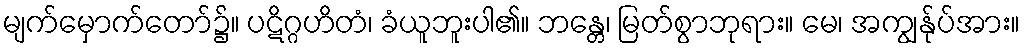
မျက်မှောက်တော်၌။ ပဋိဂ္ဂဟိတံ၊ ခံယူဘူးပါ၏။ ဘန္တေ၊ မြတ်စွာဘုရား။ မေ၊ အကျွန်ုပ်အား။